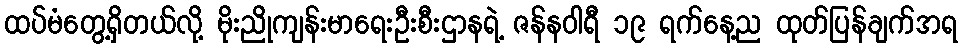
ထပ်မံတွေ့ရှိတယ်လို့ မိုးညိုကျန်းမာရေးဦးစီးဌာနရဲ့ ဇန်နဝါရီ ၁၉ ရက်နေ့ည ထုတ်ပြန်ချက်အရ